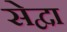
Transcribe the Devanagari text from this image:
सेद्वा